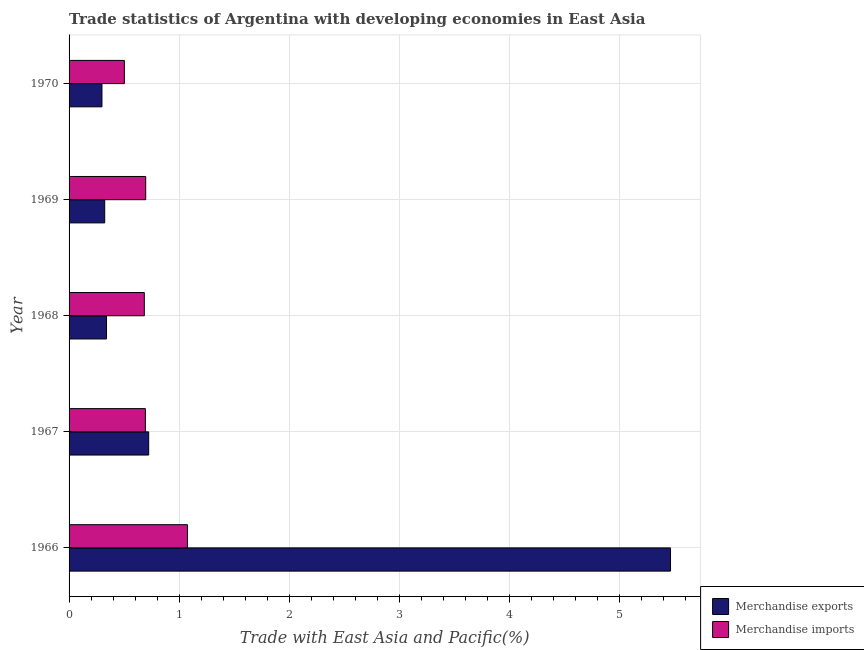
| Year | Merchandise exports | Merchandise imports |
 | --- | --- | --- |
 | 1966 | 5.47 | 1.08 |
 | 1967 | 0.724 | 0.694 |
 | 1968 | 0.34 | 0.684 |
 | 1969 | 0.324 | 0.697 |
 | 1970 | 0.299 | 0.503 |